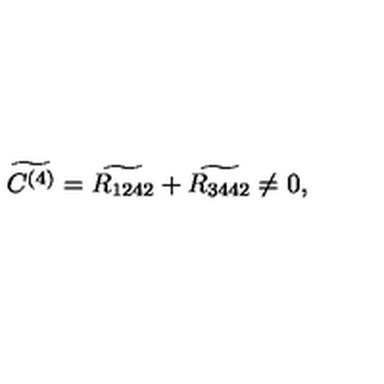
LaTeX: \widetilde { C ^ { ( 4 ) } } = \widetilde { R _ { 1 2 4 2 } } + \widetilde { R _ { 3 4 4 2 } } \neq 0 ,